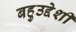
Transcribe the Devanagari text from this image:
बहुउद्देशी